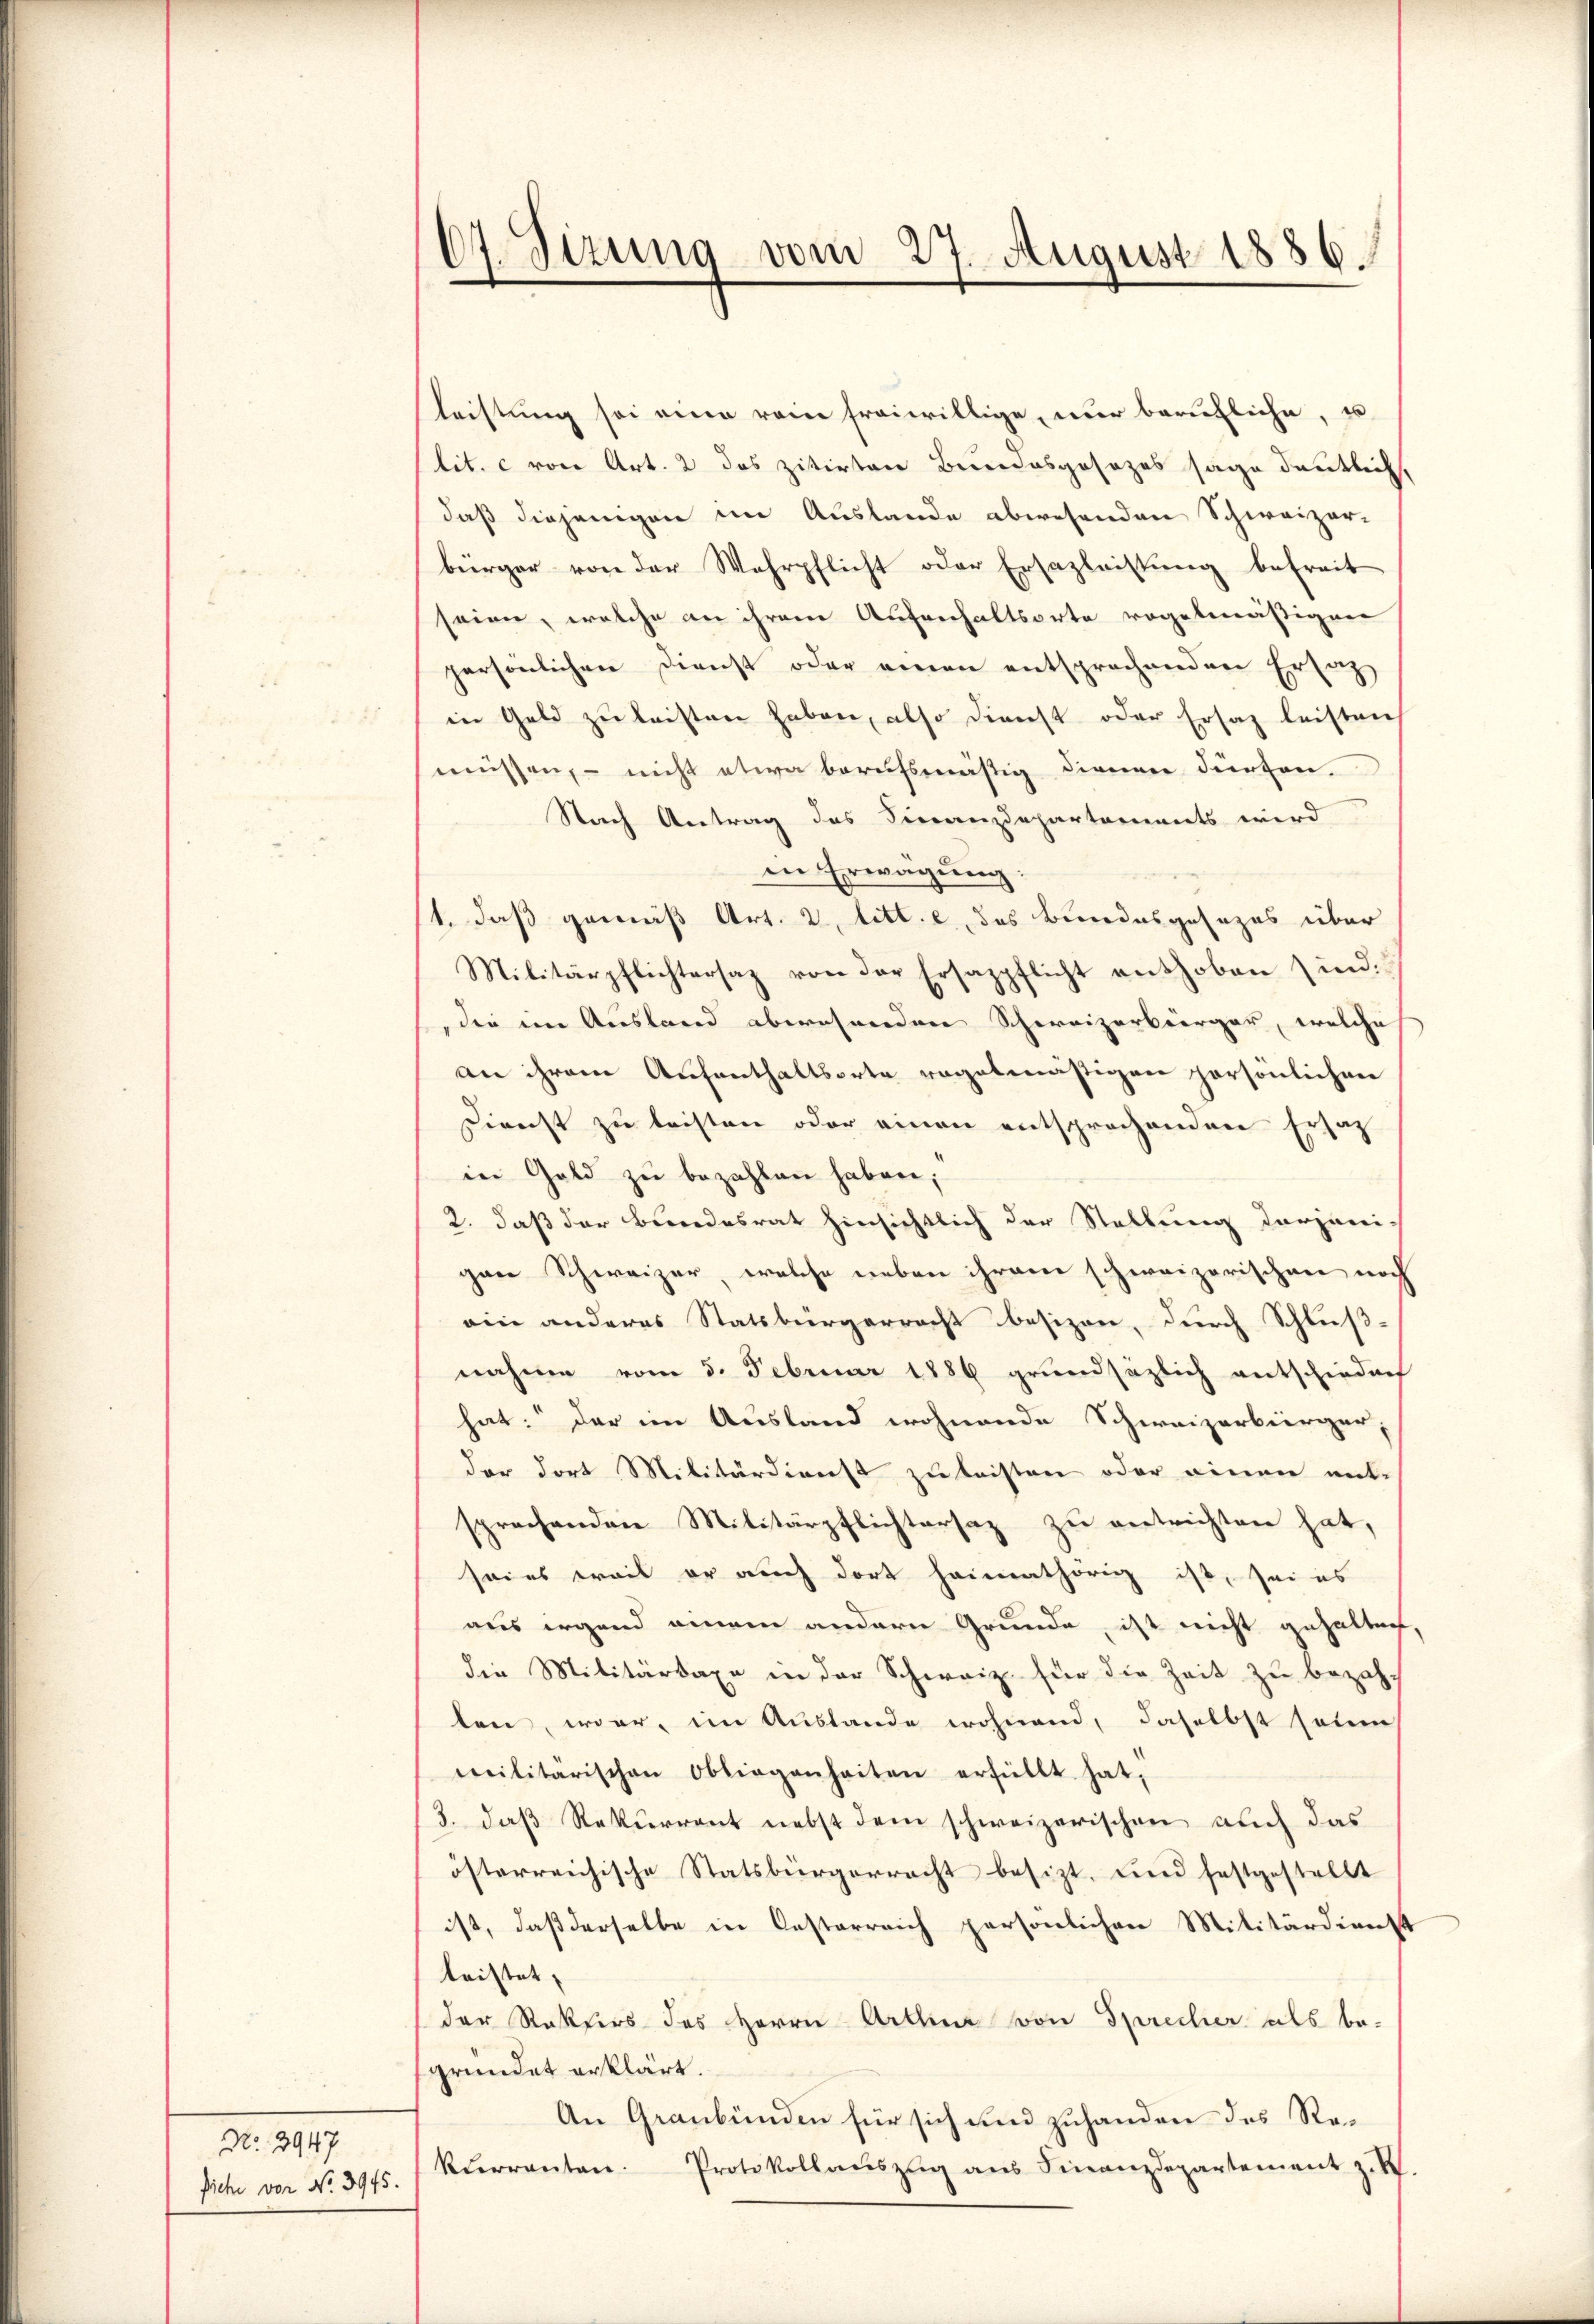
No. 2947
Siche vor No. 3915.

67. Sitzung vom 27. August 1886.

leistung sei eine rein freiwillige, nur berufliche, u
lit. c von Art. 2 das zitirten Beendesgesezes sage deutlich,
daß diejenigen im Auslande abwesenden Schweizer-
bürger von der Wehrpflicht oder Ersazleistung befreit
seien, welche an ihrem Aufenhaltsorte regelmäßigen
persönlichen Dienst oder einen entsprochenden Ersatz
in Geld zŭ leisten haben, also dienst oder Ersatz leisten
müssen, – nicht etwa berufsmäßig dienen dürfen.
Nach Antrag des Finanzdepartements wird
in Erwägung
1. daß gemäß Art. 2, litt. e, das Bundesgesezes über
Militärpflichtersaz von der Ersazpflicht enthoben sind:
die im Ausland abwesenden Schweizerbürger, welche
an ihrem Aufenthaltsorte regelmäßigen persönlichen
Dienst zu leisten oder einen entsprochenden Ersat
in Geld zu bezahlen haben;
2. daß der Bundesrat hinsichtlich der Stellung derjeni-
gare Schweizer, welche neben ihrem schweizerischen noch
ein anderes Statsbürgerrecht besizen, durch Schluß-
nahme vom 5. Februar 1886 grundsäzlich entschiedenh
hat: der im Ausland wohnende Schweizerbürger
der dort Militärdienst zu leisten oder einen ent-
sprechenden Militärpflichtersaz zu entrichten hat,
seies weil er auch dort heimathörig ist, sei es
aus irgend einem andern Grunde, ist nicht gehalten,
die Militärsaxe in der Schweiz für die Zeit zu bezahlen, war, im Austande wohnend, daselbst seien
militärischen Obliegenheiten erfüllt hat,
3. daß Rekurrent nebst dem schweizerischen auch das
österreichische Statsbürgerrecht besizt, und festgestellt
ist, daß derselbe in Oesterreich persönlichen Militärdienst
leistet,
der Rekurs des Herrn Artina von Sprecher als be-
gründet erklärt.
An Graubünden für sich und zuhanden des Rekurrenten. Protokollaŭszŭg aŭs Finanzdepartement z. B.